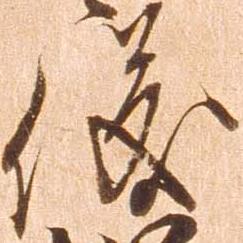
儀